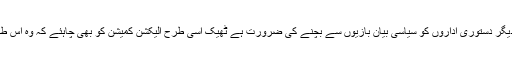
انہوں نے الیکشن کمیشن کے سیاسی بیانات کو غیر جمہوری قراردیتے ہوئے کہاکہ دیگر دستوری اداروں کو سیاسی بیان بازیوں سے بچنے کی ضرورت ہے ٹھیک اسی طرح الیکشن کمیشن کو بھی چاہئے کہ وہ اس طرح کی بیان بازی سے بچے جس سے اس کی شبہہ متاثرہ ہونے کا خدشہ لا حق ہے۔